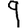
Digit: 9